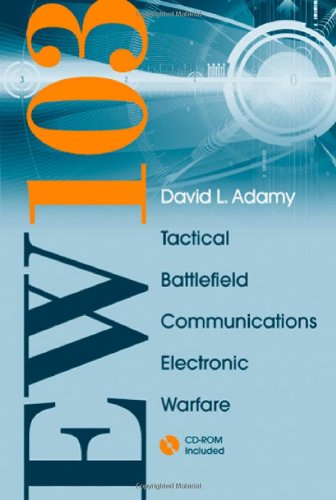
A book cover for EW 103: TACTICAL BATTLEFIELD Communications Electronic Warfare [With CDROM and Free Space Attenuation]; David L. Adamy; Engineering & Transportation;